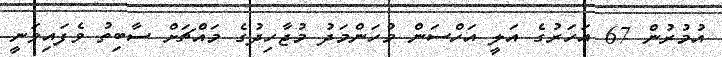
އުމުރުން 67 އަހަރުގެ އަލީ އަހްސަން މުހަންމަދު މުޖާހިދުގެ މައްޗަށް ސާބިތު ވެފައިވަނީ